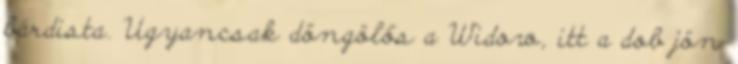
bárdista. Ugyancsak döngölős a Widow, itt a dob jön